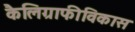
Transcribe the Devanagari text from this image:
कैलिग्राफीविकास